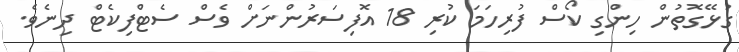
ގުޅޭގޮތުން ހިންގި ކޯސް ފުރިހަމަ ކުރި 18 އޮފިސަރުންނަށް ވެސް ސެޓްފިކެޓް ދިނެވެ.